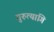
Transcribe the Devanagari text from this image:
गुरुत्यागि